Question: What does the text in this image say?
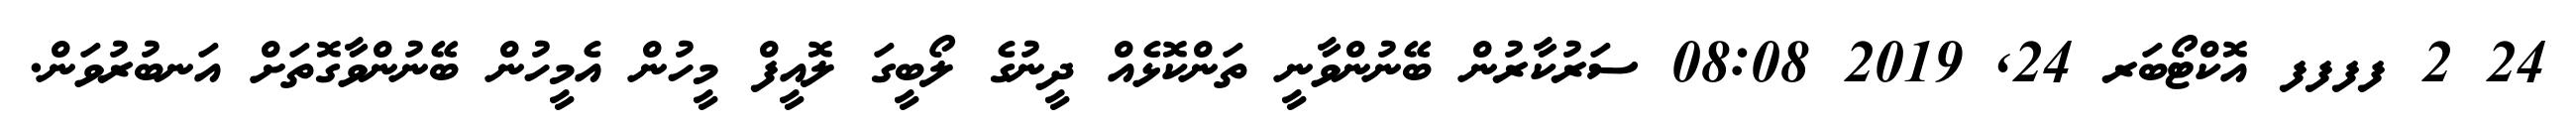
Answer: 24 2 ފފފފ އޮކްޓޯބަރ 24, 2019 08:08 ސަރުކާރުން ބޭނުންވާނީ ތަންކޮޅެއް ދީނުގެ ލޯބީގަ ލޮއީފް މީހުން އެމީހުން ބޭނުންވާގޮތަށް އަނބުރުވަން.